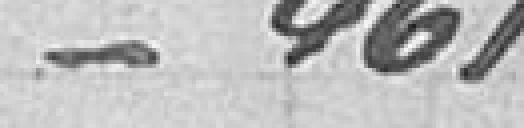
461